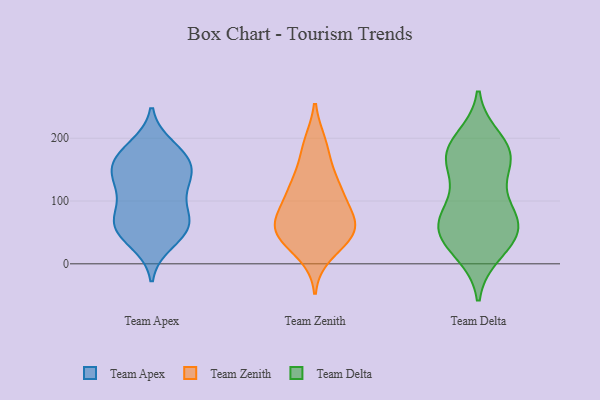
{"axis": {"x": "Page Views", "y": "Value"}, "legend": ["Team Apex", "Team Delta", "Team Zenith"], "data": [{"x": "", "y": 66, "type": "Team Apex"}, {"x": "", "y": 34, "type": "Team Apex"}, {"x": "", "y": 168, "type": "Team Apex"}, {"x": "", "y": 120, "type": "Team Apex"}, {"x": "", "y": 156, "type": "Team Apex"}, {"x": "", "y": 140, "type": "Team Apex"}, {"x": "", "y": 71, "type": "Team Apex"}, {"x": "", "y": 186, "type": "Team Apex"}, {"x": "", "y": 85, "type": "Team Apex"}, {"x": "", "y": 53, "type": "Team Apex"}, {"x": "", "y": 60, "type": "Team Apex"}, {"x": "", "y": 138, "type": "Team Apex"}, {"x": "", "y": 176, "type": "Team Apex"}, {"x": "", "y": 117, "type": "Team Apex"}, {"x": "", "y": 160, "type": "Team Apex"}, {"x": "", "y": 53, "type": "Team Apex"}, {"x": "", "y": 190, "type": "Team Zenith"}, {"x": "", "y": 44, "type": "Team Zenith"}, {"x": "", "y": 51, "type": "Team Zenith"}, {"x": "", "y": 17, "type": "Team Zenith"}, {"x": "", "y": 72, "type": "Team Zenith"}, {"x": "", "y": 122, "type": "Team Zenith"}, {"x": "", "y": 87, "type": "Team Zenith"}, {"x": "", "y": 66, "type": "Team Zenith"}, {"x": "", "y": 45, "type": "Team Zenith"}, {"x": "", "y": 124, "type": "Team Zenith"}, {"x": "", "y": 105, "type": "Team Zenith"}, {"x": "", "y": 52, "type": "Team Zenith"}, {"x": "", "y": 185, "type": "Team Zenith"}, {"x": "", "y": 53, "type": "Team Zenith"}, {"x": "", "y": 137, "type": "Team Zenith"}, {"x": "", "y": 19, "type": "Team Delta"}, {"x": "", "y": 173, "type": "Team Delta"}, {"x": "", "y": 83, "type": "Team Delta"}, {"x": "", "y": 168, "type": "Team Delta"}, {"x": "", "y": 172, "type": "Team Delta"}, {"x": "", "y": 66, "type": "Team Delta"}, {"x": "", "y": 54, "type": "Team Delta"}, {"x": "", "y": 28, "type": "Team Delta"}, {"x": "", "y": 180, "type": "Team Delta"}, {"x": "", "y": 159, "type": "Team Delta"}, {"x": "", "y": 67, "type": "Team Delta"}, {"x": "", "y": 197, "type": "Team Delta"}, {"x": "", "y": 47, "type": "Team Delta"}, {"x": "", "y": 58, "type": "Team Delta"}, {"x": "", "y": 107, "type": "Team Delta"}]}